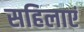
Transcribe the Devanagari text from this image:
सहिलाएं